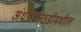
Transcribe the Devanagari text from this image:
अंधारकोठडीमधील